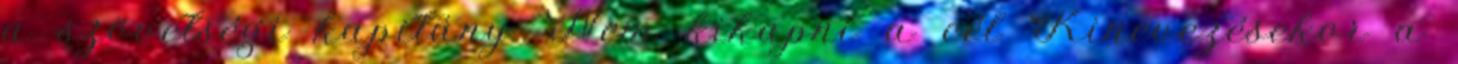
a szövetségi kapitány. Nem kikapni a cél Kinevezésekor a